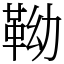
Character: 靿